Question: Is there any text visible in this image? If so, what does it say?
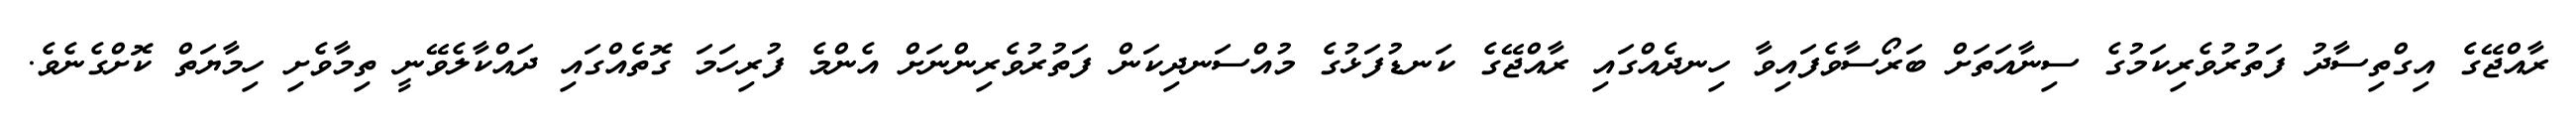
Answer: ރާއްޖޭގެ އިގްތިސާދު ފަތުރުވެރިކަމުގެ ސިނާއަތަށް ބަރޯސާވެފައިވާ ހިނދެއްގައި ރާއްޖޭގެ ކަނޑުފަޅުގެ މުއްސަނދިކަން ފަތުރުވެރިންނަށް އެންމެ ފުރިހަމަ ގޮތެއްގައި ދައްކާލެވޭނީ ތިމާވެށި ހިމާޔަތް ކޮށްގެނެވެ.